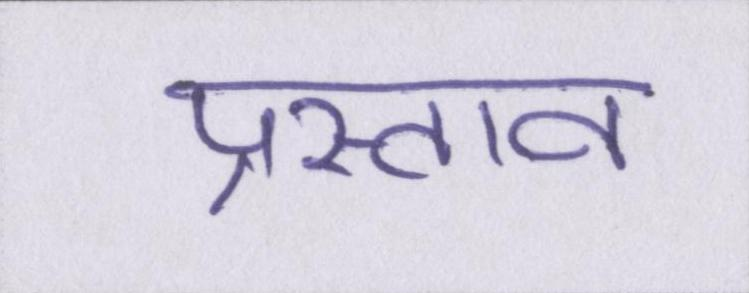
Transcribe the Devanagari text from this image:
प्रस्ताव